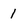
Character: 1